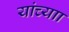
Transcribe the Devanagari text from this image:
यांच्याा